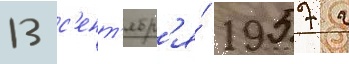
13 с'ент'ябр'я́ 1957 г